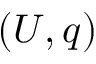
( U , q )